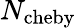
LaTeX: N_{\mathrm{cheby}}